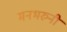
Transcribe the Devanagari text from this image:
मनभरुनी